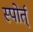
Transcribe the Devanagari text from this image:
स्पोर्त्